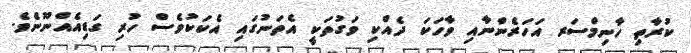
ކުރާތި ހާނިމްސަރ އަހަރެންނާއި ވާހަކަ ދެއްކި ވަގުތަކީ އެތަނުގައި އެކަކުވެސް ހުރި ގަޑިއެއްނޫނެވެ.